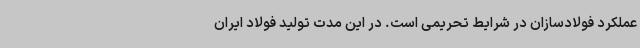
عملکرد فولادسازان در شرایط تحریمی است. در این مدت تولید فولاد ایران